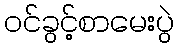
ဝင်ခွင့်စာမေးပွဲ